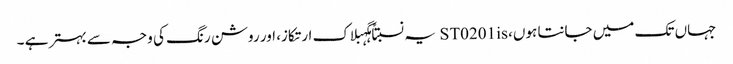
جہاں تک میں جانتا ہوں، ST0201is یہ نسبتاً ہگہبلاک ارتکاز، اور روشن رنگ کی وجہ سے بہتر ہے ۔